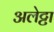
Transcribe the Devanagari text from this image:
अलेट्टा